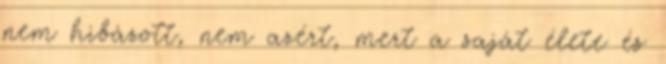
nem hibázott, nem azért, mert a saját élete és